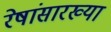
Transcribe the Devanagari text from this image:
रेषांसारख्या